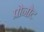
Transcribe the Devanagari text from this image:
प्रोनोट